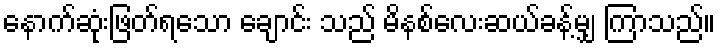
နောက်ဆုံးဖြတ်ရသော ချောင်း သည် မိနစ်လေးဆယ်ခန့်မျှ ကြာသည်။